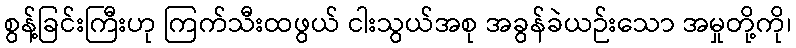
စွန့်ခြင်းကြီးဟု ကြက်သီးထဖွယ် ငါးသွယ်အစု အခွန်ခဲယဉ်းသော အမှုတို့ကို၊